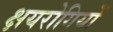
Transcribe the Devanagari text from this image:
क्षयरोगियों